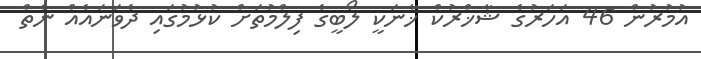
އުމުރުން 46 އަހަރުގެ ޝާޚްރުކް ޚާނަކީ ލޯބީގެ ފިލްމުތަށް ކުޅުމުގައި ދެވަނައެއް ނެތް